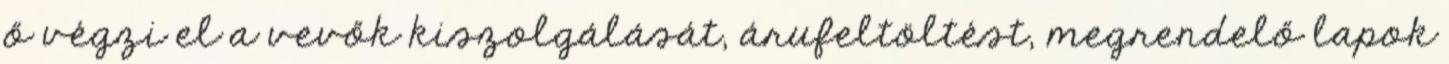
ő végzi el a vevők kiszolgálását, árufeltöltést, megrendelő lapok